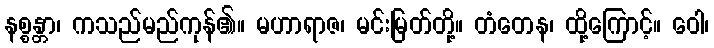
နစ္စန္တာ၊ ကသည်မည်ကုန်၏။ မဟာရာဇ၊ မင်းမြတ်တို့။ တံတေန၊ ထို့ကြောင့်။ ဝေါ၊